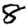
Digit: 8